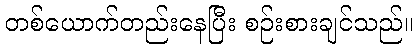
တစ်ယောက်တည်းနေပြီး စဉ်းစားချင်သည်။